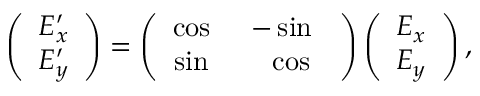
\begin{array} { r } { \left( \begin{array} { c } { E _ { x } ^ { \prime } } \\ { E _ { y } ^ { \prime } } \end{array} \right) = \left( \begin{array} { c c } { \cos { \it \Psi } } & { - \sin { \it \Psi } } \\ { \sin { \it \Psi } } & { \ \ \cos { \it \Psi } } \end{array} \right) \left( \begin{array} { c } { E _ { x } } \\ { E _ { y } } \end{array} \right) , } \end{array}